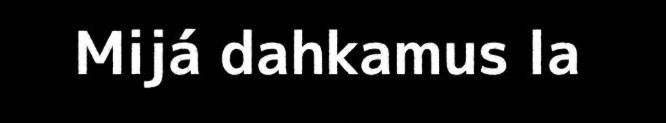
Mijá dahkamus la